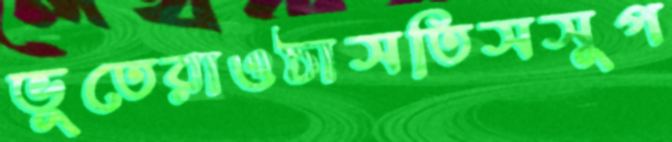
ভূতেরাওঠাসতিসসুপ